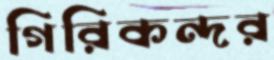
গিরিকন্দর